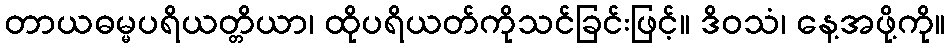
တာယဓမ္မပရိယတ္တိယာ၊ ထိုပရိယတ်ကိုသင်ခြင်းဖြင့်။ ဒိဝသံ၊ နေ့အဖို့ကို။